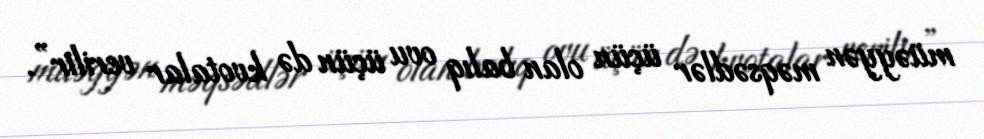
müəyyən məqsədlər üçün olan balıq ovu üçün də kvotalar verilir”.